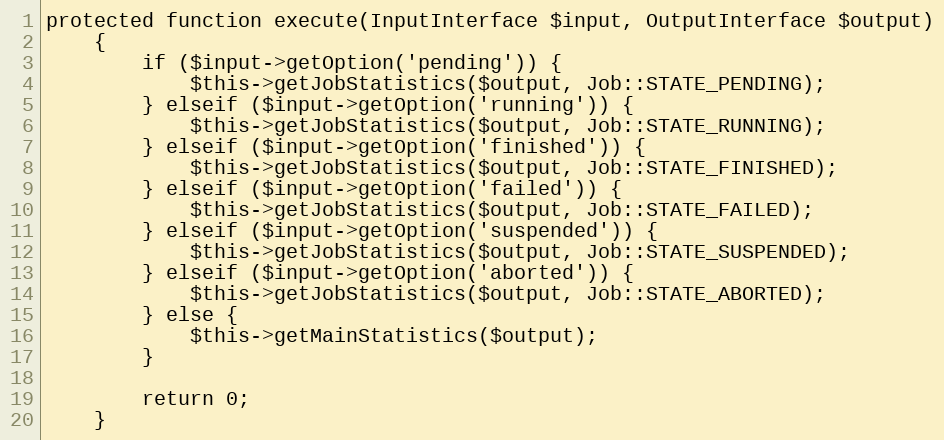
Language: PHP
protected function execute(InputInterface $input, OutputInterface $output)
    {
        if ($input->getOption('pending')) {
            $this->getJobStatistics($output, Job::STATE_PENDING);
        } elseif ($input->getOption('running')) {
            $this->getJobStatistics($output, Job::STATE_RUNNING);
        } elseif ($input->getOption('finished')) {
            $this->getJobStatistics($output, Job::STATE_FINISHED);
        } elseif ($input->getOption('failed')) {
            $this->getJobStatistics($output, Job::STATE_FAILED);
        } elseif ($input->getOption('suspended')) {
            $this->getJobStatistics($output, Job::STATE_SUSPENDED);
        } elseif ($input->getOption('aborted')) {
            $this->getJobStatistics($output, Job::STATE_ABORTED);
        } else {
            $this->getMainStatistics($output);
        }

        return 0;
    }